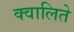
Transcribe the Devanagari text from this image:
क्वालिते